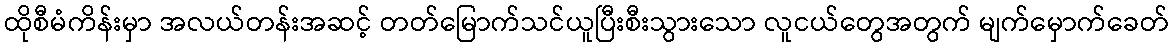
ထိုစီမံကိန်းမှာ အလယ်တန်းအဆင့် တတ်မြောက်သင်ယူပြီးစီးသွားသော လူငယ်တွေအတွက် မျက်မှောက်ခေတ်